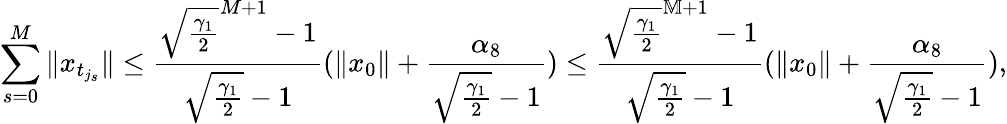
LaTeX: \sum_{s=0}^{M}\| x_{t_{j_{s}}}\| \leq\frac{\sqrt{\frac{\gamma_{1}}{2}}^{M+1}-1}{\sqrt{\frac{\gamma_{1}}{2}}-1}(\| x_{0}\| +\frac{\alpha_{8}}{\sqrt{\frac{\gamma_{1}}{2}}-1})\leq\frac{\sqrt{\frac{\gamma_{1}}{2}}^{\mathbb M+1}-1}{\sqrt{\frac{\gamma_{1}}{2}}-1}(\| x_{0}\| +\frac{\alpha_{8}}{\sqrt{\frac{\gamma_{1}}{2}}-1}),